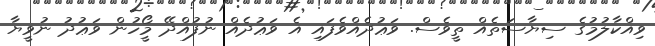
ވިއްކާލުމުގެ ސިޔާސަތެއް ތީވެސް. ވަޢުދެއްވެފައި އެ ވަޢުދެއް ނުފުއްދޭ މީޯހުން ވަޢުދު ނުވީޔާ